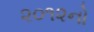
૨૦૧૨નો